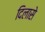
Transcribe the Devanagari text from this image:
दिलासे